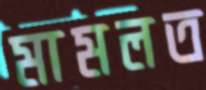
মামলত